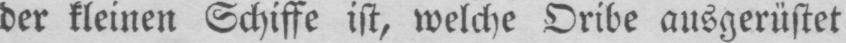
der kleinen Schiffe ist, welche Oribe ausgerüstet